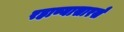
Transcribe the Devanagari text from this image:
रहाण्यासारखे